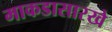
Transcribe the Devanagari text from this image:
माकडासारखे